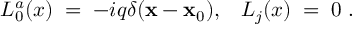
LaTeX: L _ { 0 } ^ { a } ( x ) \; = \; - i q \delta ( { \mathbf x } - { \mathbf x } _ { 0 } ) , \; \; \; L _ { j } ( x ) \; = \; 0 \; .